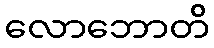
လောဘောတိ